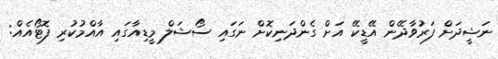
ނަޝީދަށް ފަރުވާދޭން އޭޑީކޭ އަށް ގެންދަނިކޮށް ނަގައި ސޯޝަލް މީޑިއާގައި އާއްމުކުރި ފޮޓޯއެއް: